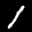
Label: 1